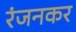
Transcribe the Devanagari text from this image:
रंजनकर